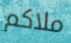
ملاكم